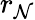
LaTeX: r_{\mathcal{N}}